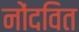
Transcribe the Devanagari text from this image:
नोंदवित